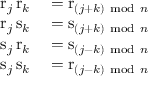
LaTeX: \begin{array} { r l } { \mathrm { r } _ { j } \, \mathrm { r } _ { k } } & { { } = \mathrm { r } _ { ( j + k ) { \mathrm { ~ m o d ~ } } n } } \\ { \mathrm { r } _ { j } \, \mathrm { s } _ { k } } & { { } = \mathrm { s } _ { ( j + k ) { \mathrm { ~ m o d ~ } } n } } \\ { \mathrm { s } _ { j } \, \mathrm { r } _ { k } } & { { } = \mathrm { s } _ { ( j - k ) { \mathrm { ~ m o d ~ } } n } } \\ { \mathrm { s } _ { j } \, \mathrm { s } _ { k } } & { { } = \mathrm { r } _ { ( j - k ) { \mathrm { ~ m o d ~ } } n } } \end{array}